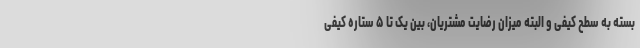
بسته به سطح کیفی و البته میزان رضایت مشتریان، بین یک تا ۵ ستاره کیفی